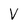
Character: V